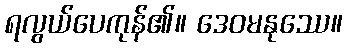
ရလွယ်ပေကုန်၏။ ဒေဝမနုဿေ။